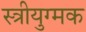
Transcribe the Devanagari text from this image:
स्त्रीयुग्मक